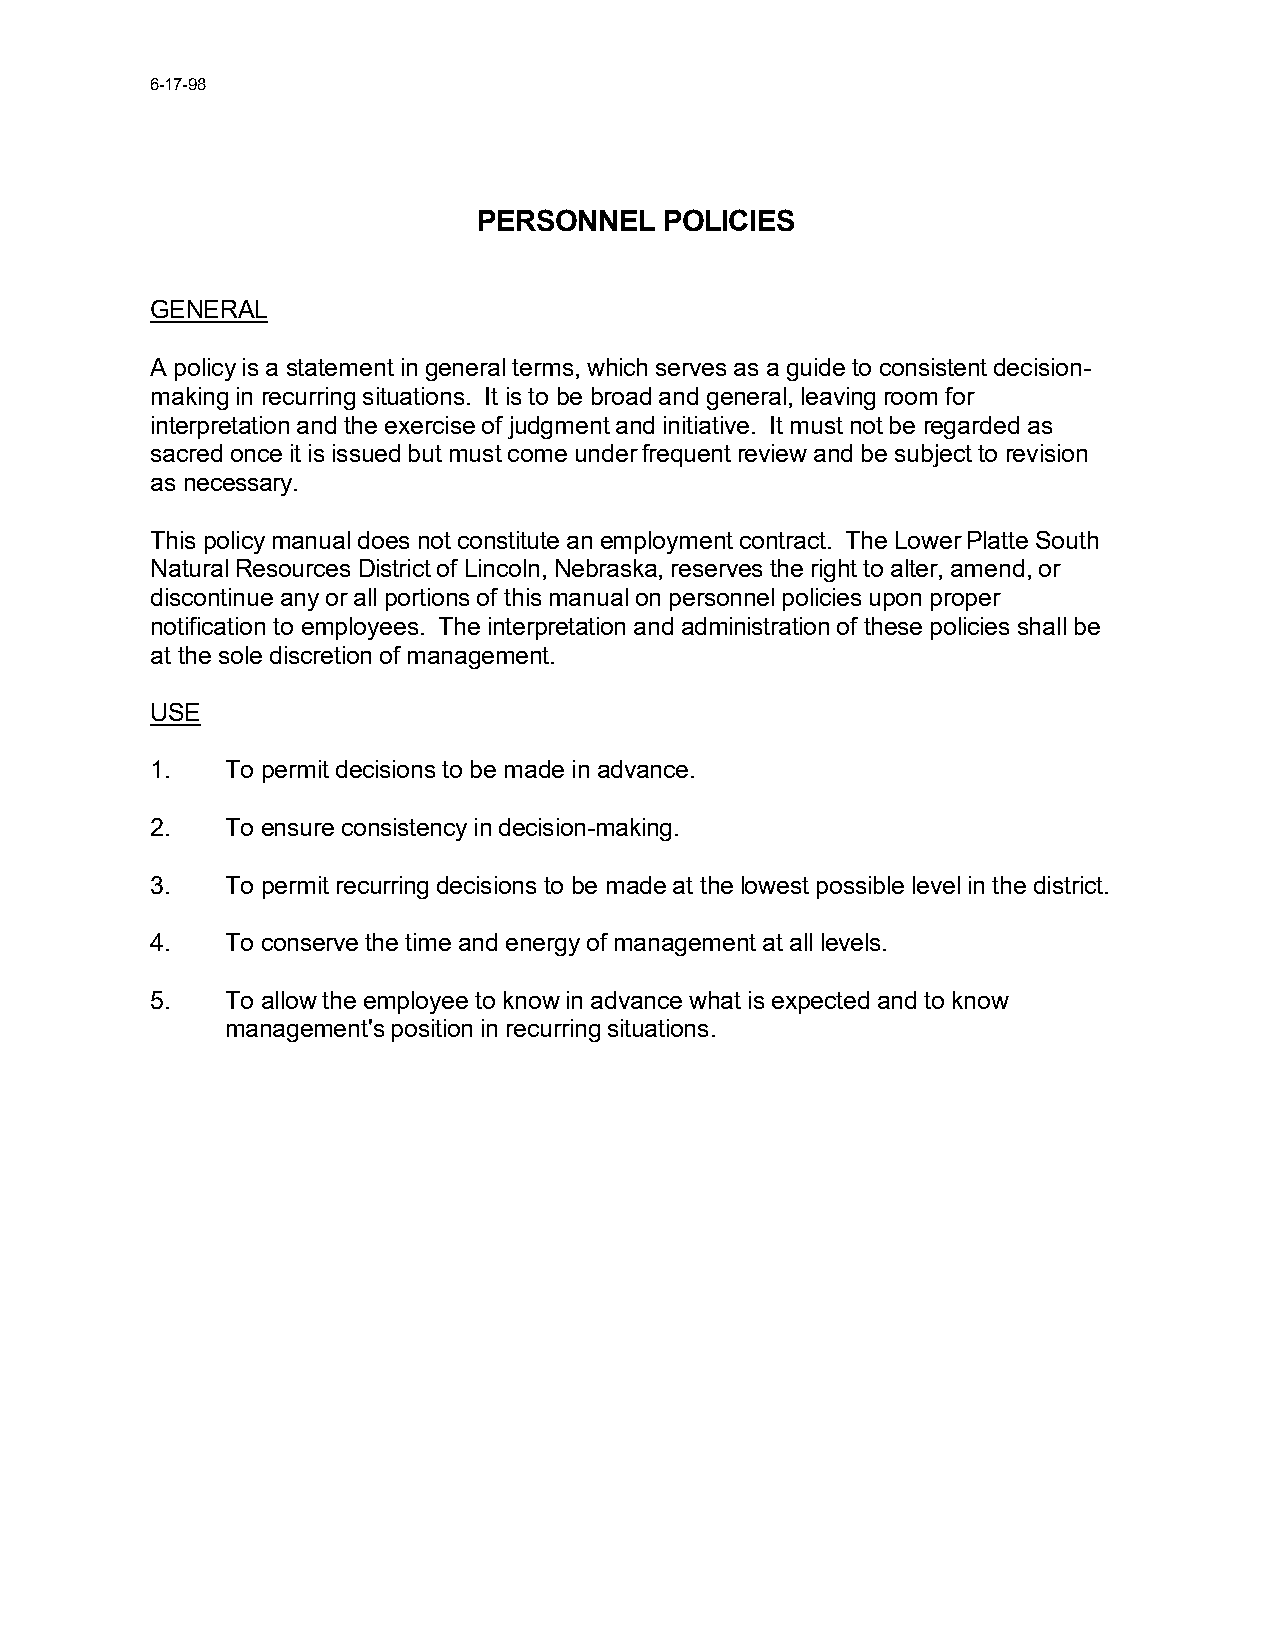
6-17-98
 PERSONNEL   POLICIES
 GENERAL
 A policy is a statement in general terms, which serves as a guide to consistent decision-
 making in recurring situations. It is to be broad and general, leaving room for
 interpretation and the exercise of judgment and initiative. It must not be regarded as
 sacred once it is issued but must come under frequent review and be subject to revision
 as necessary.
 This policy manual does not constitute an employment contract. The Lower Platte South
 Natural Resources District of Lincoln, Nebraska, reserves the right to alter, amend, or
 discontinue any or all portions of this manual on personnel policies upon proper
 notification to employees. The interpretation and administration of these policies shall be
 at the sole discretion of management.
 USE
 1.   To permit decisions to be made in advance.
 2.   To ensure consistency in decision-making.
 3.   To permit recurring decisions to be made at the lowest possible level in the district.
 4.   To conserve the time and energy of management at all levels.
 5.   To allow the employee to know in advance what is expected and to know
 management's position in recurring situations.